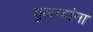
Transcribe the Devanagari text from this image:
मुलग्यांना